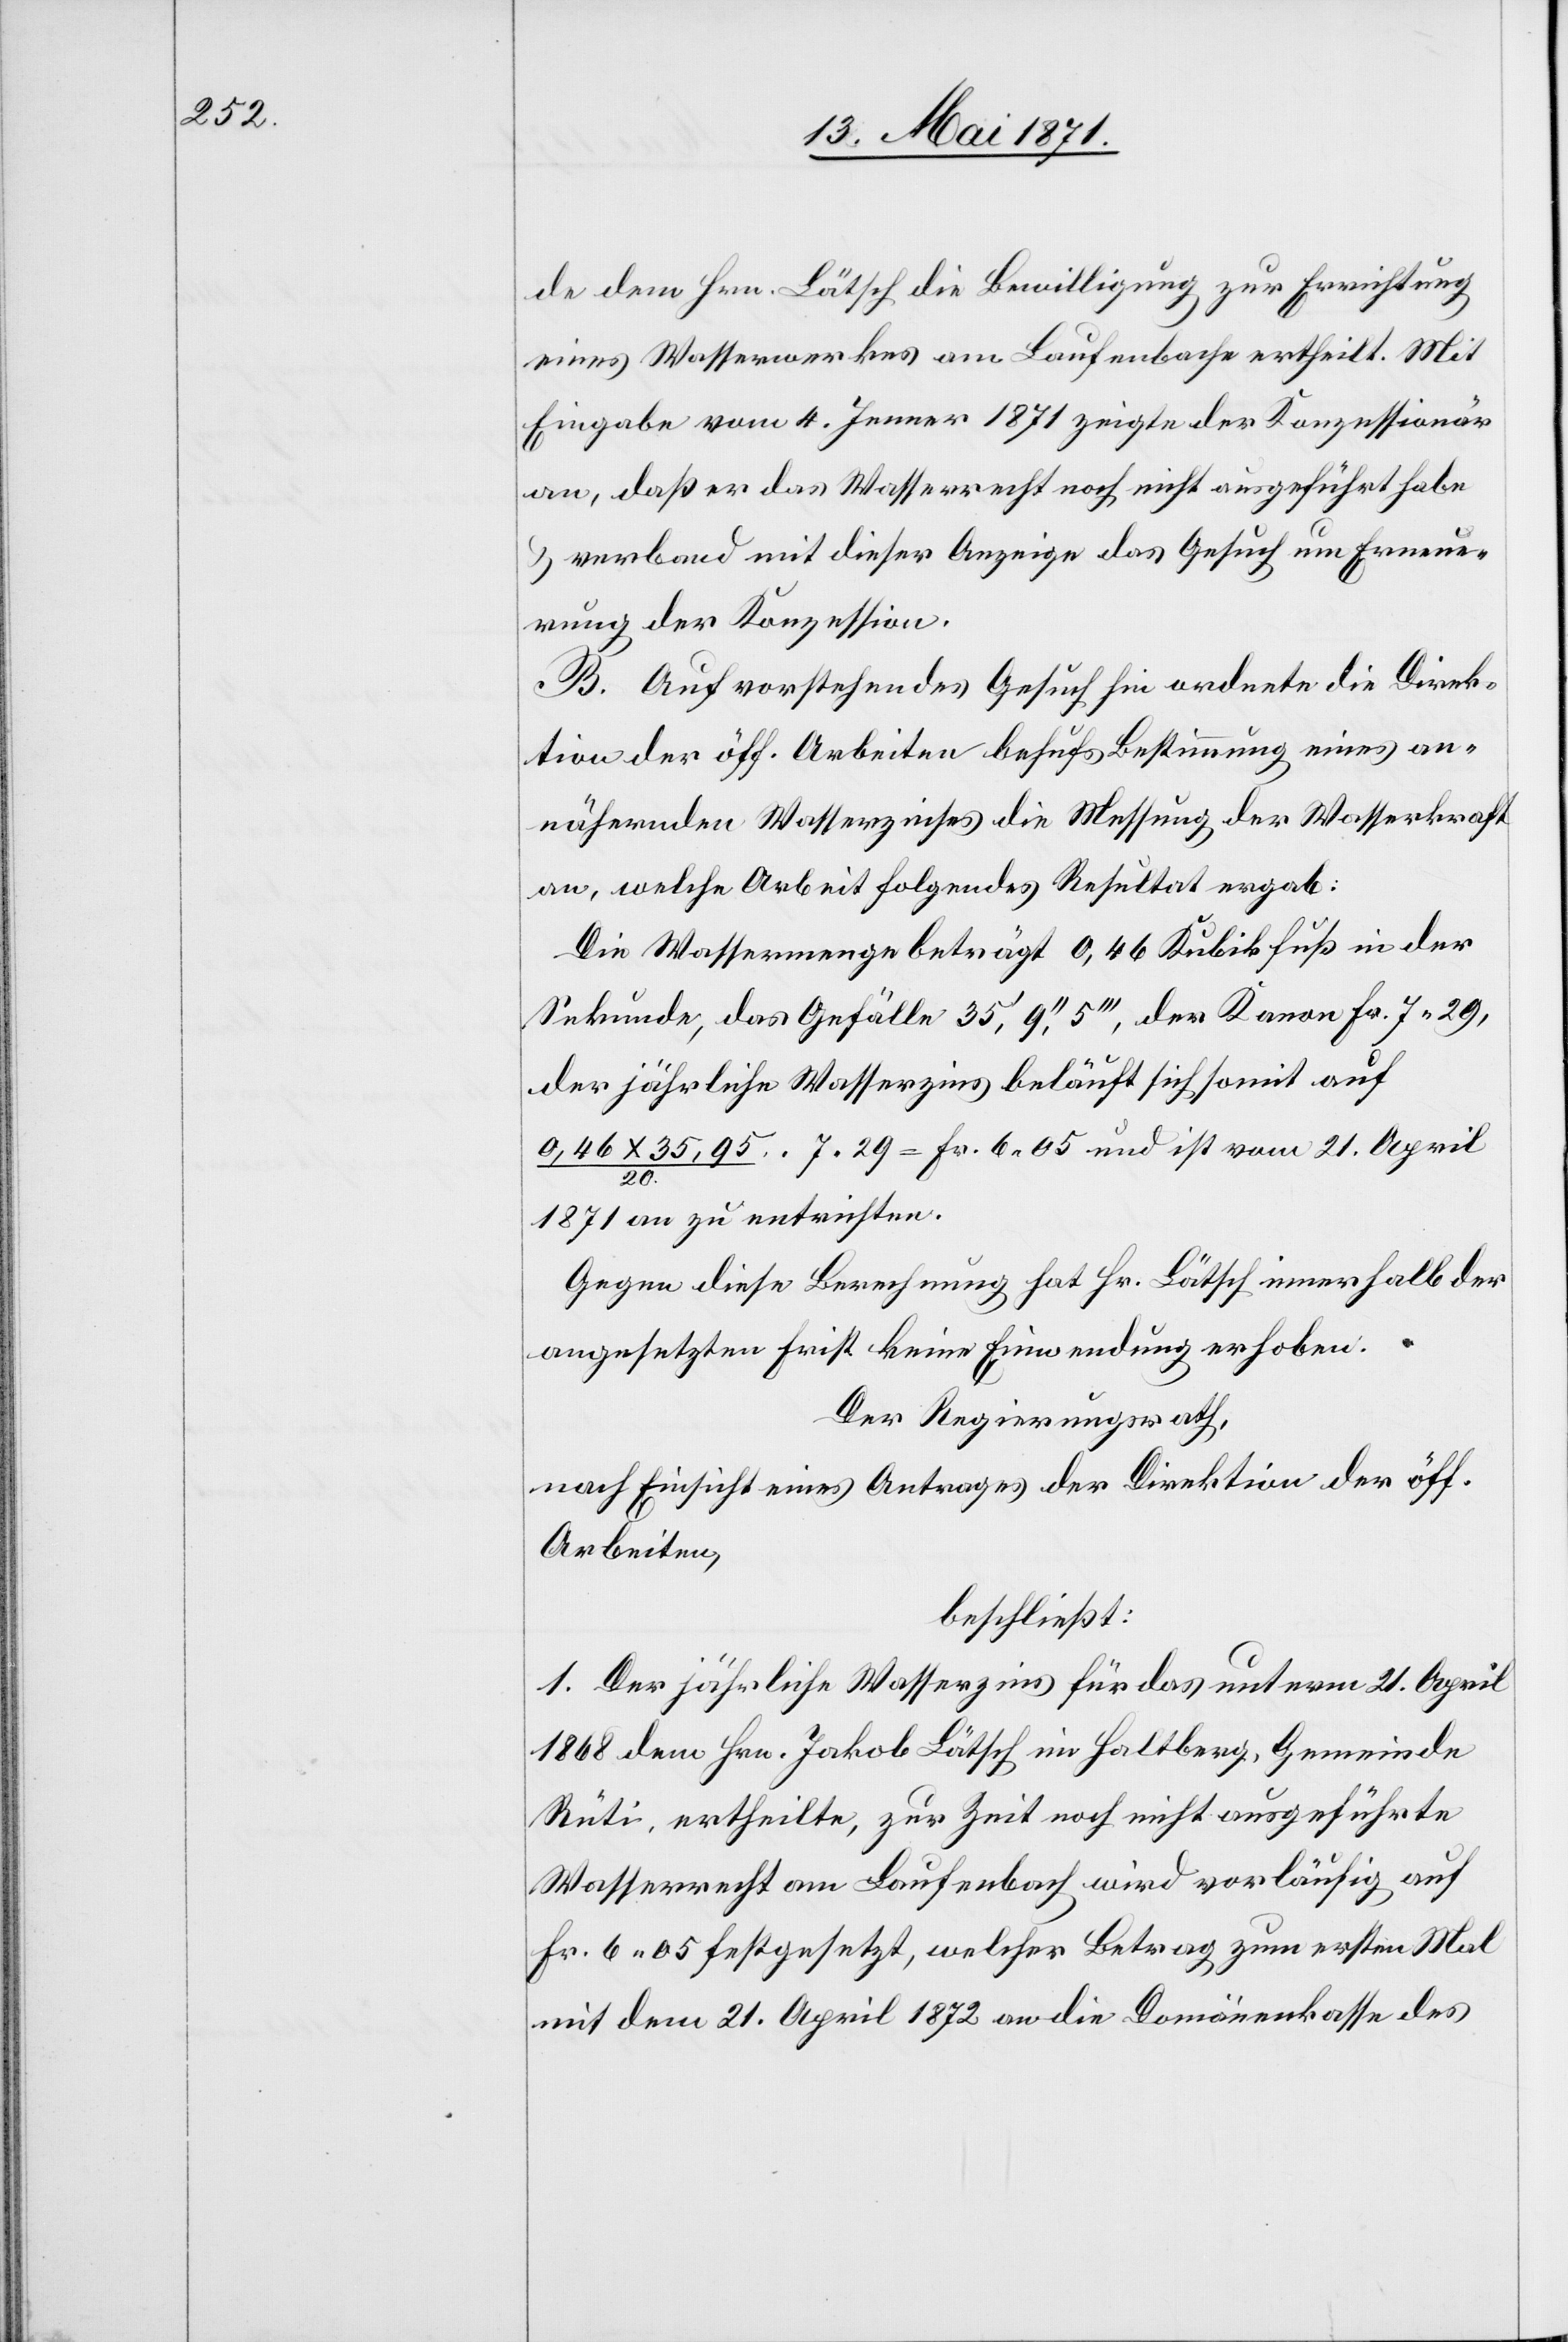
de dem Hrn. Lätsch die Bewilligung zur Errichtung
eines Wasserwerkes am Laufenbache ertheilt. Mit
Eingabe vom 4. Jenner 1871 zeigte der Konzessionär
an, daß er das Wasserrecht noch nicht ausgeführt habe
u. verband mit dieser Anzeige das Gesuch um Erneue¬
rung der Konzession.
B. Auf vorstehendes Gesuch hin ordnete die Direk¬
tion der öff. Arbeiten behufs Bestimmung eines an¬
nähernden Wasserzinses die Messung der Wasserkraft
an, welche Arbeit folgendes Resultat ergab:
Die Wassermenge beträgt 0,46 Kubikfuß in der
Sekunde, das Gefälle 35‘,9‘‘,4‘‘‘, der Kanon Fr. 7.29,
der jährliche Wasserzins beläuft sich somit auf
0,46x35,96 / 20 x 7.29 = Fr. 6.05 und ist vom 21. April
1871 an zu entrichten.
Gegen diese Berechnung hat Hr. Lätsch innerhalb der
angesetzten Frist keine Einwendung erhoben.
Der Regierungsrath,
nach Einsicht eines Antrages der Direktion der öff.
Arbeiten,
beschließt:
1. Der jährliche Wasserzins für das unterm 21. April
1868 dem Hrn. Jakob Lätsch im Haltberg, Gemeinde
Rüti ertheilte, zur Zeit noch nicht ausgeführte
Wasserrecht am Laufenbach wird vorläufig auf
Fr. 6.05 festgesetzt, welcher Betrag zum ersten Mal
mit dem 21. April 1872 an die Domänenkasse des